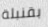
بقنبلة